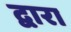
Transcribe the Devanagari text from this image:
द्वारा